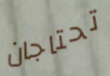
تحتاجان